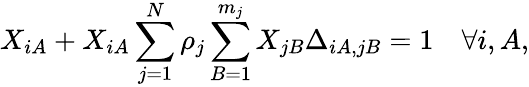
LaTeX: X_{iA}+X_{iA}\sum_{j=1}^{N}\rho_{j}\sum_{B=1}^{m_{j}}X_{jB}\Delta_{iA,jB}=1\quad\forall i,A,